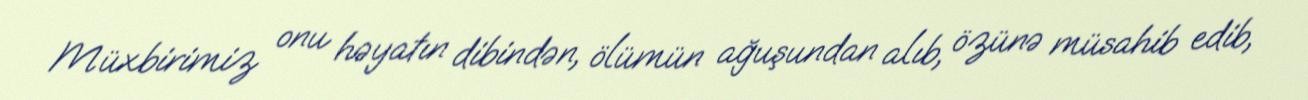
Müxbirimiz onu həyatın dibindən, ölümün ağuşundan alıb, özünə müsahib edib,